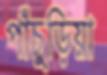
পাঁচুড়িয়া